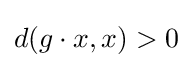
d(g\cdot x,x)>0